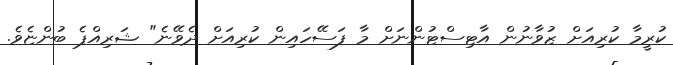
ކުރީމާ ކުރިއަށް ޒުވާނުން އާޓިސްޓުންނަށް މާ ފަސޭހައިން ކުރިއަށް ދެވޭނެ" ޝަރިއްޕެ ބުންޏެވެ.